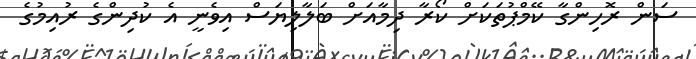
ސަން ރޮހިންގާ ކޭމްޕުތަކަށް ކޯރާ ދިމާއަށް ބަލާލިޔަސް އިވެނީ އެ ކުދިންގެ ރުއިމުގެ